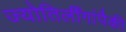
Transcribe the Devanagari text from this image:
ज्योतिर्लींगांपैकी